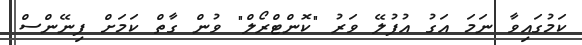
ކަމުގައިވާ ނަަމަ އަގު އުފުލޭ ވަރު "ކޮންޓްރޯލް" ވުން ގާތް ކަމަށް ފިނޭންސް